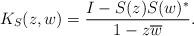
LaTeX: \begin{align*} K_{S}(z,w) = \frac{I - S(z) S(w)^{*}}{1 - z \overline{w}}. \end{align*}